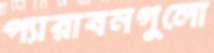
প্যারাবনগুলো